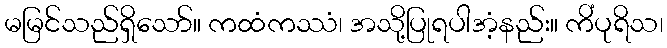
မမြင်သည်ရှိသော်။ ကထံကဿံ၊ အသို့ပြုရပါအံ့နည်း။ ကိံပုရိသ၊